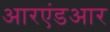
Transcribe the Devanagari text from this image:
आरएंडआर